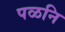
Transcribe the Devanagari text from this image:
पळनि